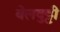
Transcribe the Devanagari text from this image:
वेलवुट्टी